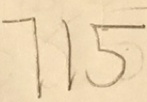
7 1 5